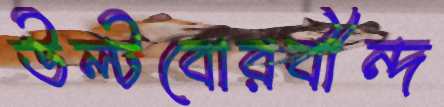
উল্‌টবোরবীন্দ